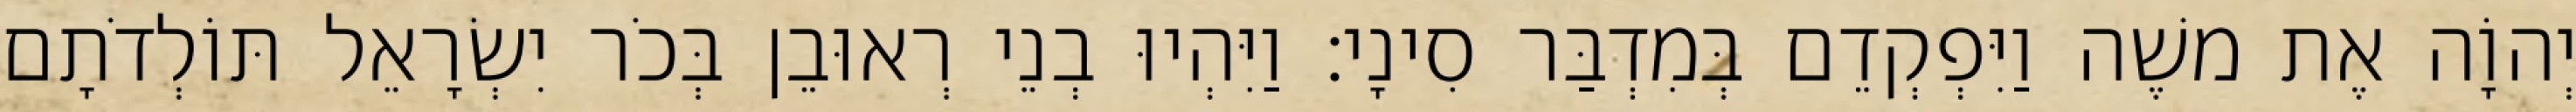
יְהוָֹה אֶת משֶׁה וַיִּפְקְדֵם בְּמִדְבַּר סִינָי׃ וַיִּהְיוּ בְנֵי רְאוּבֵן בְּכֹר יִשְׂרָאֵל תּוֹלְדֹתָם